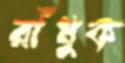
রাঁধুক